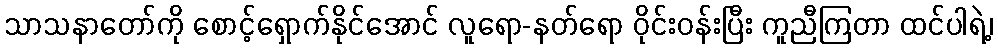
သာသနာတော်ကို စောင့်ရှောက်နိုင်အောင် လူရော-နတ်ရော ဝိုင်းဝန်းပြီး ကူညီကြတာ ထင်ပါရဲ့၊